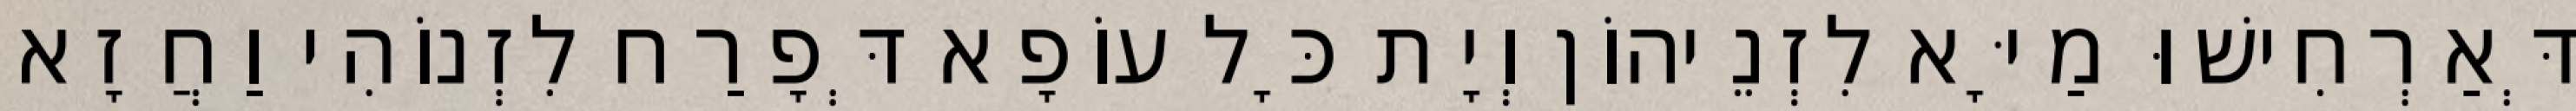
דְּאַרְחִישׁוּ מַיָּא לִזְנֵיהוֹן וְיָת כָּל עוֹפָא דְּפָרַח לִזְנוֹהִי וַחֲזָא